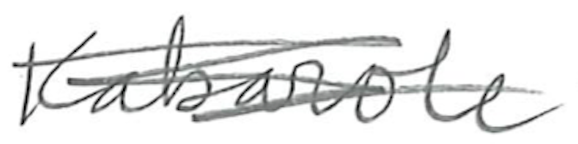
Text: Kabarole
Cross-out: mix
Writing tool: pencil